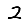
Digit: 2